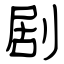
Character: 剧